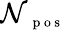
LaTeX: \mathcal{N}_{\mathrm{{~\scriptsize~p~o~s~}}}